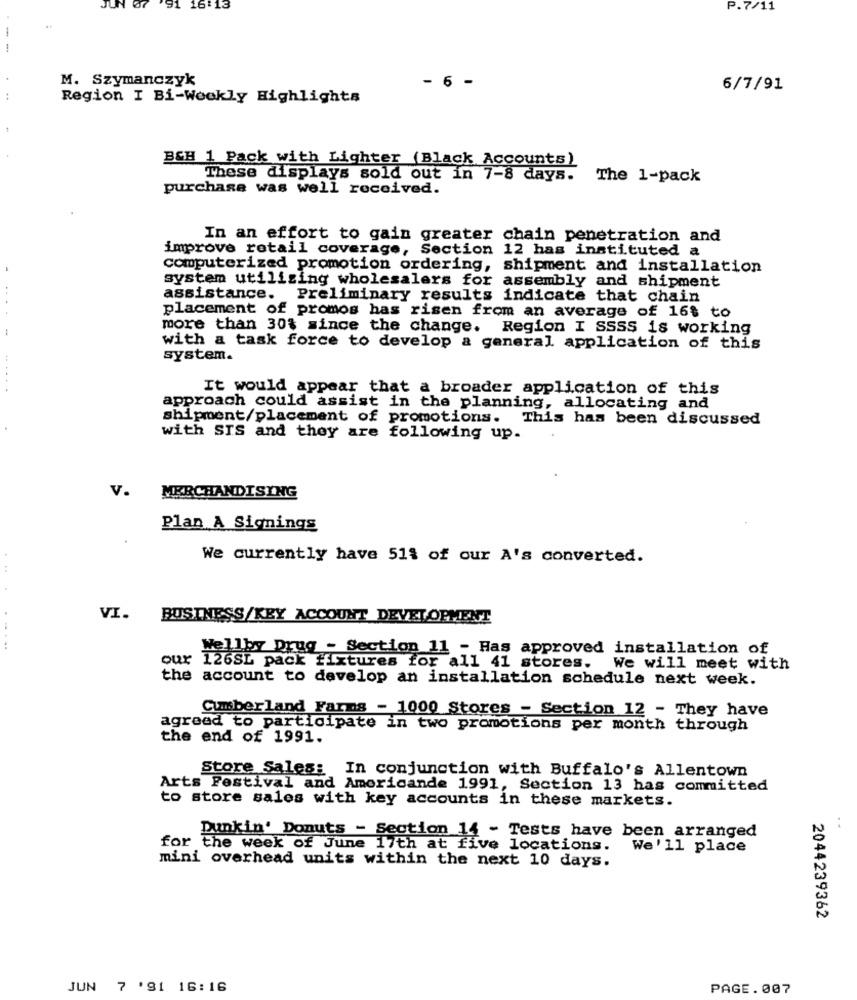
JUN
'91
16:13
P.7/11
--
M. Szymanczyk
- 6 -
6/7/91
Region I Bi-Wookly Highlights
B&H 1 Pack with Lighter (Black Accounts)
These displays sold out in 7-8 days.
The 1-pack
purchase was well received.
In an effort to gain greater chain penetration and
improve retail coverage, Section 12 has instituted a
computerized promotion ordering, shipment and installation
system utilizing wholesalers for assembly and shipment
assistance. Preliminary results indicate that chain
....
placement of promos has risen from an average of 16$ to
more than 30% since the change. Region I SSSS is working
with a task force to develop a general application of this
system.
......
It would appear that a broader application of this
approach could assist in the planning, allocating and
shipment/placement of promotions.
This has been discussed
with SIS and they are following up.
v.
MERCHANDISING
Plan A Signings
We currently have 51% of our A's converted.
VI.
BUSINESS/KEY ACCOUNT_DEVELOPMENT
Wellby Drug - Section 11 - Has approved installation of
our
126SL pack fixtures for all 41 stores.
We will meet with
the account to develop an installation schedule next week.
Cumberland Farns - 1000 Stores - Section 12 - They have
agreed to participate in two promotions per month through
the end of 1991.
Store Sales: In conjunction with Buffalo's Allentown
Arts Festival and Americande 1991, Section 13 has committed
to store sales with key accounts in these markets.
..
Dunkin' Donuts - Section 14 - Tests have been arranged
for the week of June 17th at five locations.
We'll place
mini overhead units within the next 10 days.
2044239362
JUN 7 '91 16:16
PAGE.007